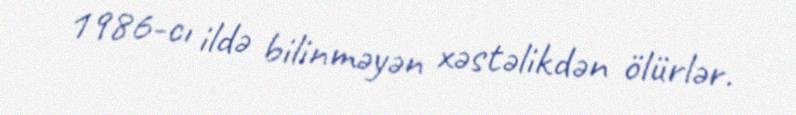
1986-cı ildə bilinməyən xəstəlikdən ölürlər.